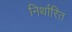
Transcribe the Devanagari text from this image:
निर्थारित